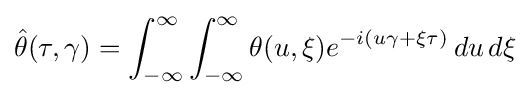
{\hat {\theta }}(\tau ,\gamma )=\int _{-\infty }^{\infty }\int _{-\infty }^{\infty }\theta (u,\xi )e^{-i(u\gamma +\xi \tau )}\,du\,d\xi